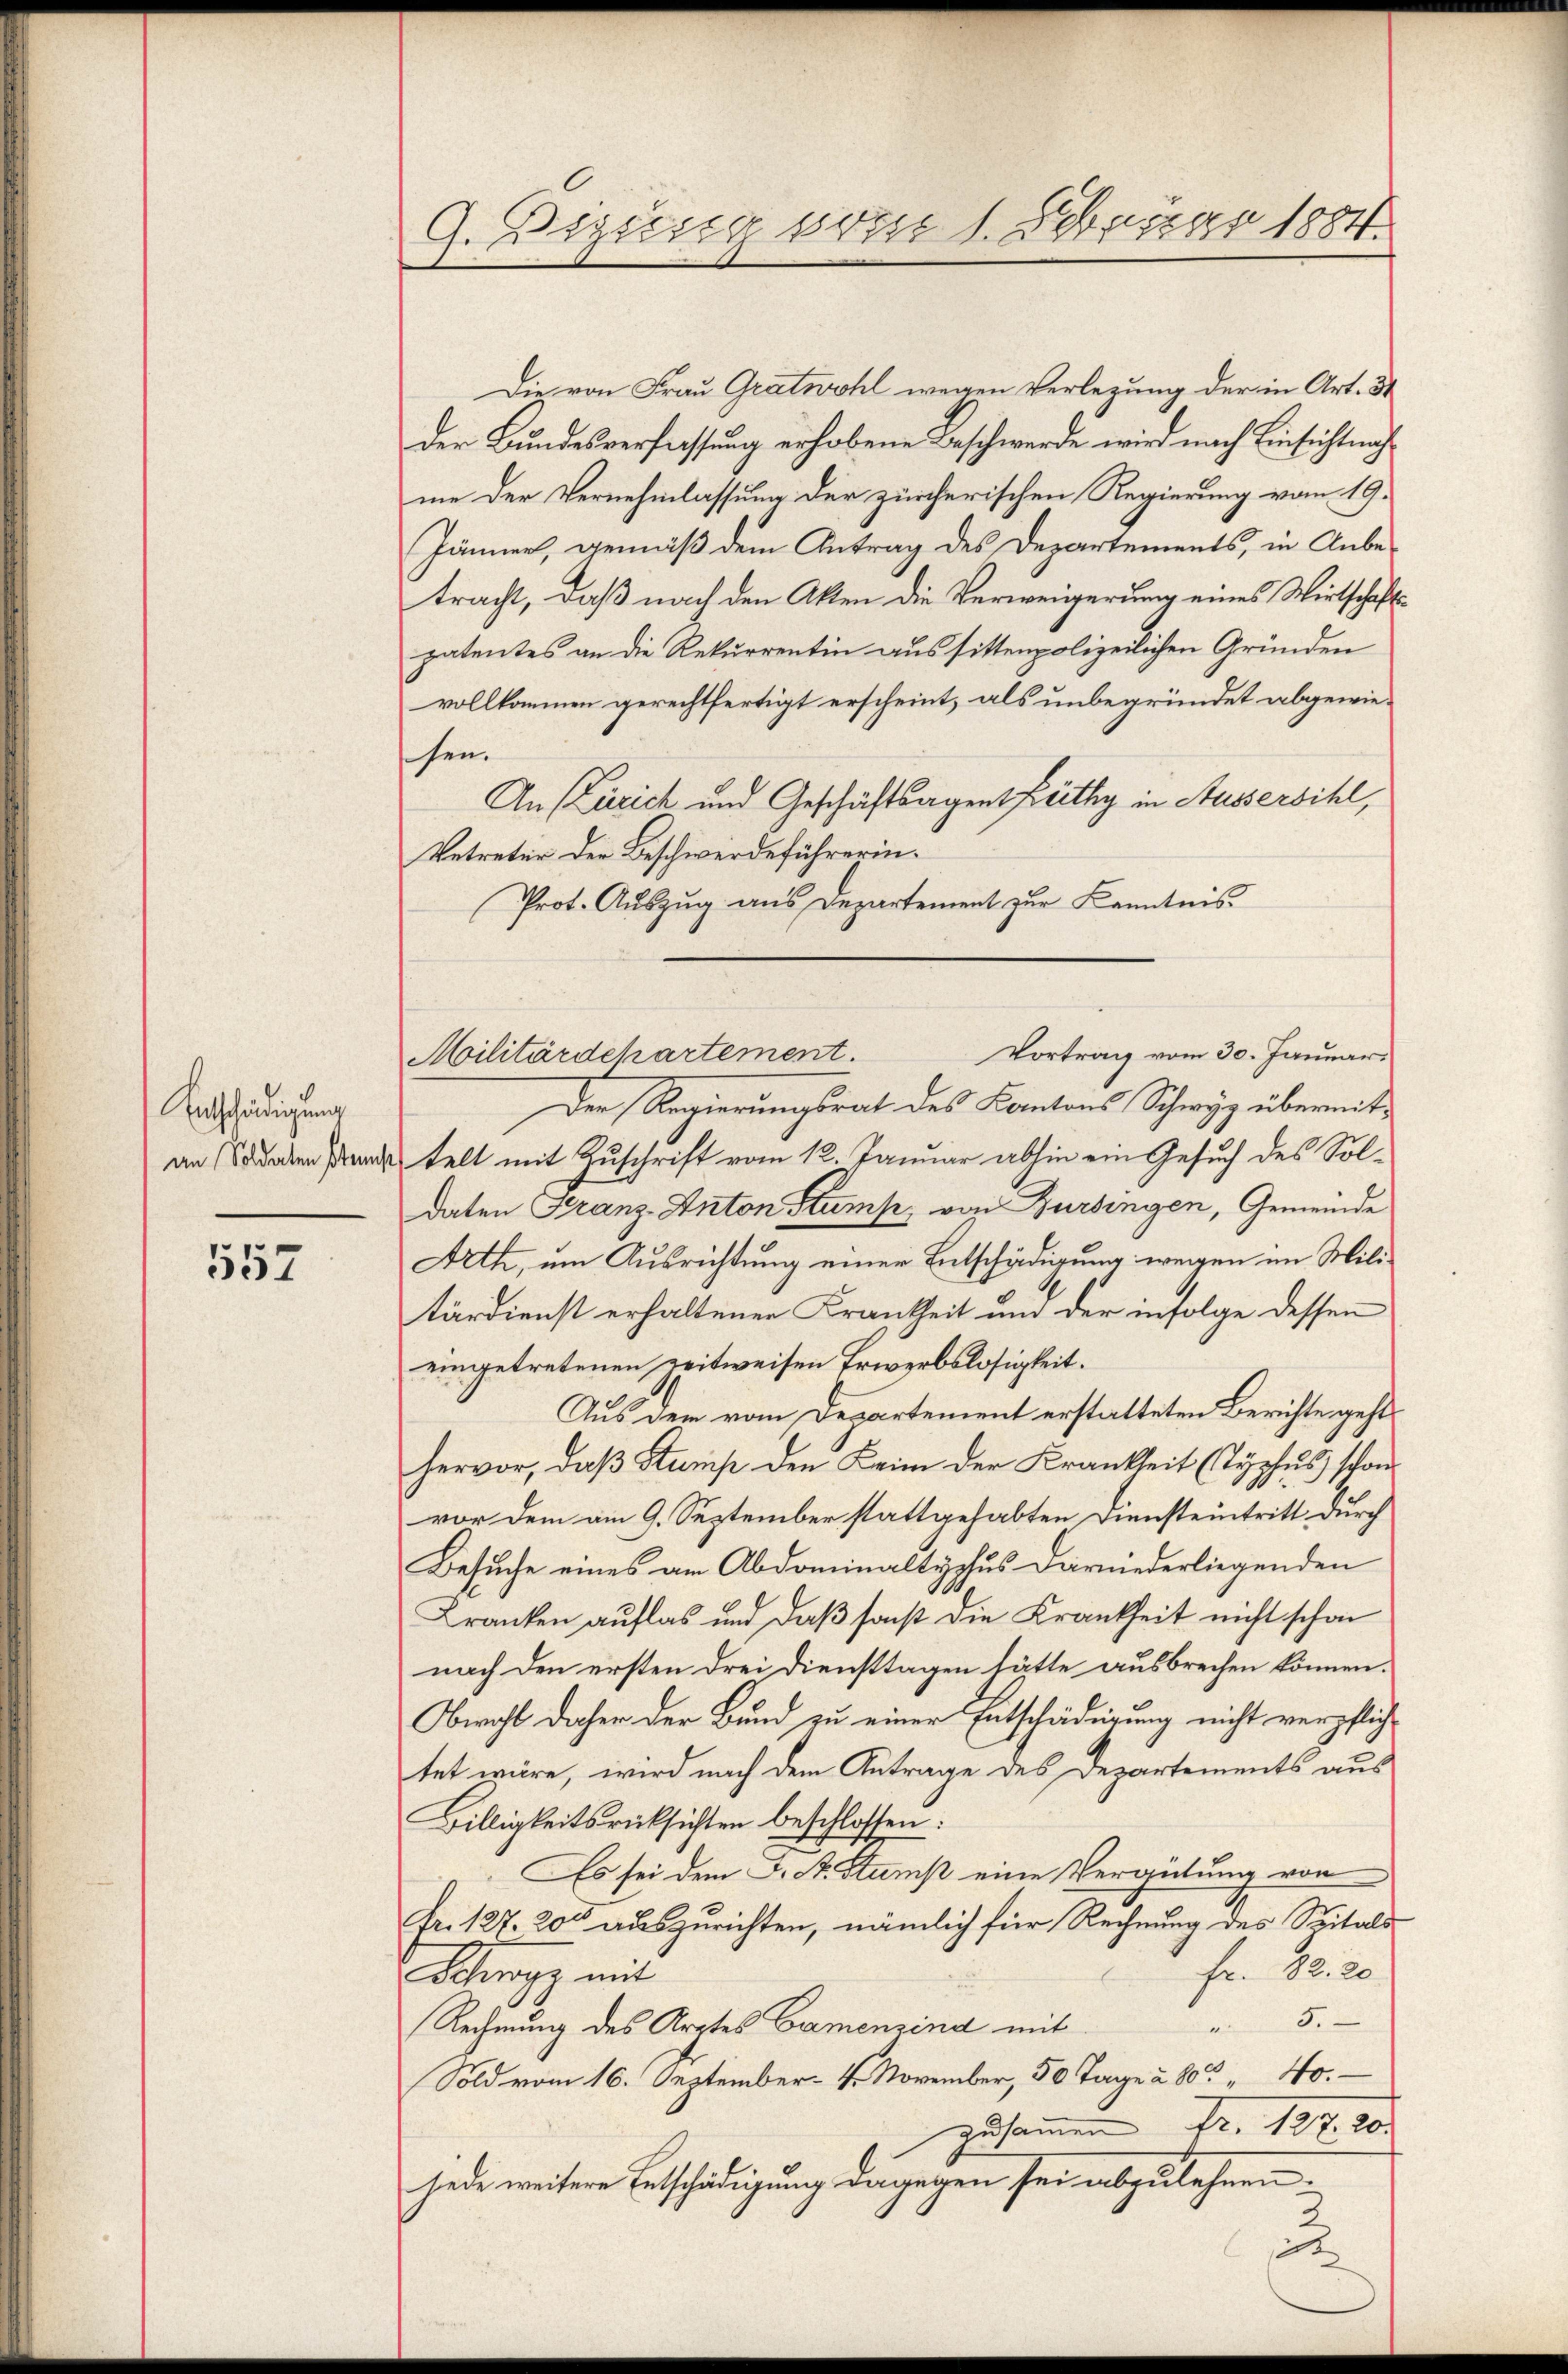
Entschädigung
an Soldaten stems

557

G. Diesig vom 1. Februar 1884.

Die von Frau Gratwohl wegen Verlegung der in Art. 34
der Bundesverfassung erhobene Beschwerde wird nach Einsichtnahme der Vernehmlassung der zürcherischen Regierung vom 19.
Jänner, gemäß dem Antrag des Departements, in Anbetracht, daß nach den Akten die Verweigerung eines Wirtschäftspatentes an die Rekurrentin aus sittenpolizeilichen Gründen
vollkommen gerechtfertigt erscheint, als unbegründet abgewiehen.
An (Zürich und Geschäftsagent Lüthy in Aussersihl,
Vetreter der Beschwerdeführerin¬
Prot. Auszug aus Departement zur Kenntnis
Militärdehartement.
Der Regierungsrat des Kantons Schwyz übermittelt mit Zuschrift vom 12. Januar abhin ein Gesuch des Soldaten Franz-Anton Stump von Bursingen, Gemeinde
Arth, um Ausrichtung einer Entschädigung wegen im Militärdienst erhaltener Krankheit und der infolge dessen
eingetretenen zeitweisen Erwerbslosigkeit.
Aus dem vom Departement erstatteten Berichte gehts
hervor, daß Stamp den Keim der Krankheit (Typhus schon
vor dem am 9. September stattgehabten Diensteintritt durch
Besuche eines am Abdominaltyphus darniederliegenden
Kranken auflas und daß sonst die Krankheit nicht schon
nach den ersten drei Diensttagen hätte ausbrechen können.
Obwohl daher der Bund zu einer Entschädigung nicht verpflichtet wäre, wird nach dem Antrage des Departements aus
Billigkeitsrücksichten beschlossen:
Es sei dem L. St. Stumpt eine Vergütung von
Fr. 127. 200 auszurichten, nämlich für Rechnung des Spitals
Fr. 82. 20.
Schwyz mit
5.
Rechnung des Arztes Camenzind mit
Sold vom 16. September - 4. November, 50 Tage à 80. 40.
zusammen Fr. 127. 20.
jede weitere Entschädigung dagegen sei abzulehnen.
2

Vortrag vom 30. Januar.